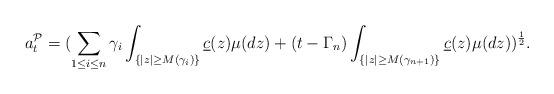
LaTeX: \begin{align*}a^{{\mathcal{P}}}_t=(\sum\limits_{\substack{ 1\leq i\leq n }}\gamma_i\int_{\{\vert z\vert\geq M(\gamma_i)\}}\underline{c}(z)\mu(dz)+(t-\Gamma_n)\int_{\{ \vert z\vert\geq M(\gamma_{n+1})\}}\underline{c}(z)\mu(dz))^\frac{1}{2}.\end{align*}